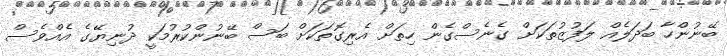
ބޭނުންހާ ބަދަލެއް ލަފުޒުތަކަށް ގެނެސްގެން ހިތަށް އެރިގޮތަކަށް ބަސް ބޭނުންކުރުމަކީ ދުނިޔޭގެ އެއްވެސް